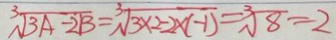
\sqrt [ 3 ] { 3 A - 2 B } = \sqrt [ 3 ] { 3 \times 2 - 2 \times ( - 1 ) } = \sqrt [ 3 ] { 8 } = 2